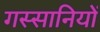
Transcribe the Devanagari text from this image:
गस्सानियों